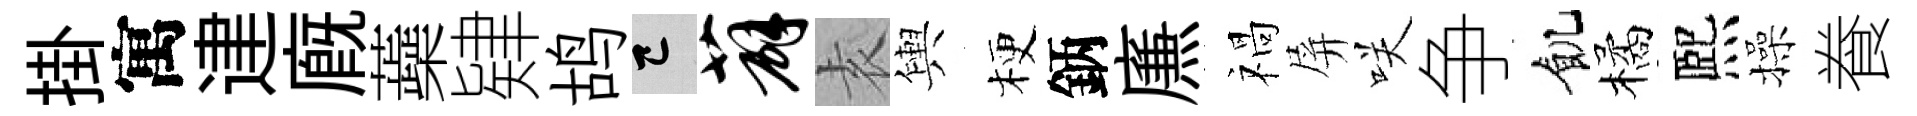
掛寓䢖廐蘃肄鸪巳薜𡊮輿梗鈵㢘禍屏咲争飢橘熈操飬